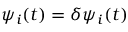
\psi _ { i } ( t ) = \delta \psi _ { i } ( t )